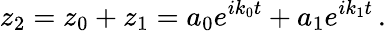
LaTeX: z_{2}=z_{0}+z_{1}=a_{0}e^{ik_{0}t}+a_{1}e^{ik_{1}t}\, .